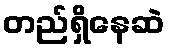
တည်ရှိနေဆဲ